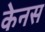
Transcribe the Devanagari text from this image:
केनस